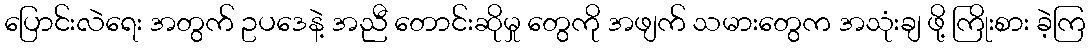
ပြောင်းလဲရေး အတွက် ဥပဒေနဲ့ အညီ တောင်းဆိုမှု တွေကို အဖျက် သမားတွေက အသုံးချ ဖို့ ကြိုးစား ခဲ့ကြ